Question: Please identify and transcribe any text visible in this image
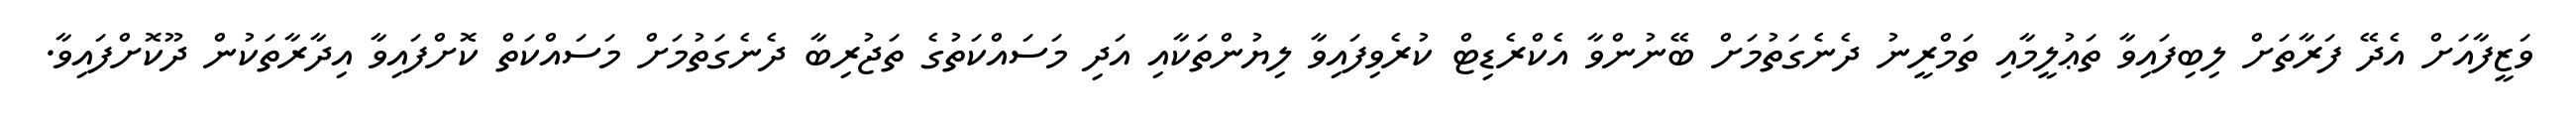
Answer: ވަޒީފާއަށް އެދޭ ފަރާތަށް ލިބިފައިވާ ތަޢުލީމާއި ތަމްރީނު ދެނެގަތުމަށް ބޭނުންވާ އެކްރެޑިޓް ކުރެވިފައިވާ ލިޔުންތަކާއި އަދި މަސައްކަތުގެ ތަޖުރިބާ ދެނެގަތުމަށް މަސައްކަތް ކޮށްފައިވާ އިދާރާތަކުން ދޫކޮށްފައިވާ.